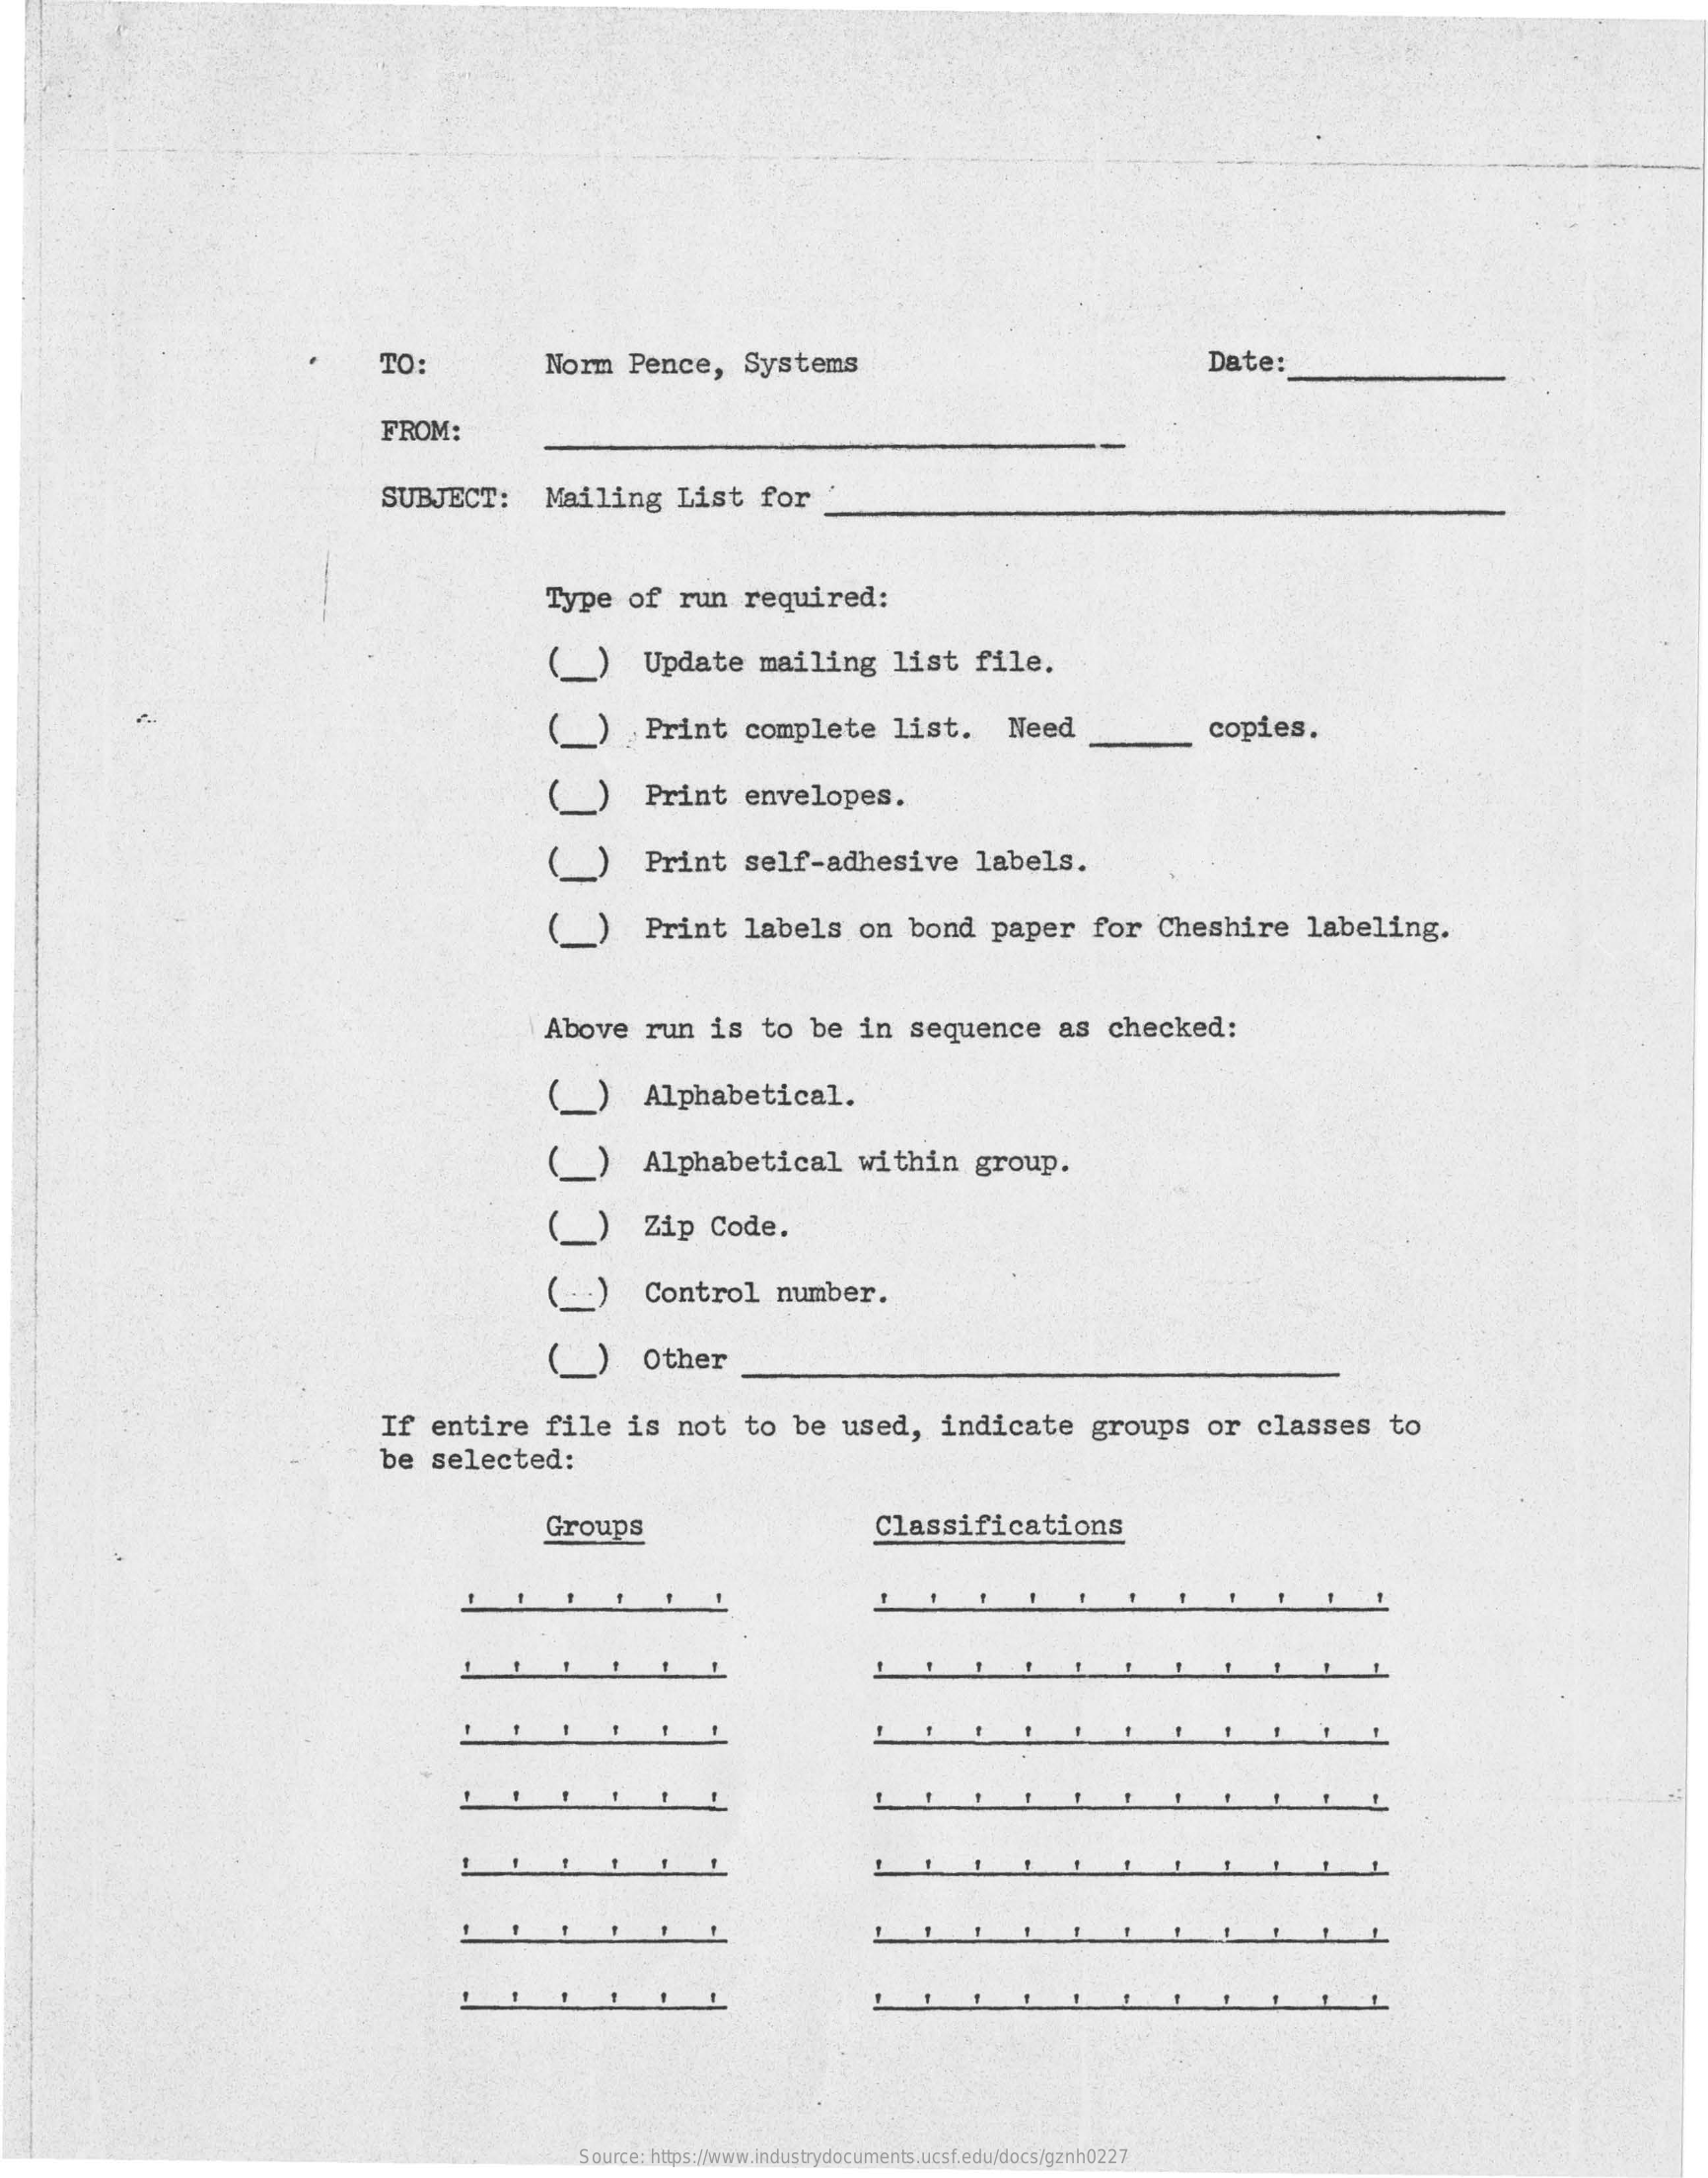
TO:    Norm    Pence,    Systems    Date:
     FROM:
     SUBJECT:    Mailing    List    for
     Type    of    run    required:
     Update    mailing    list    file.
     ()    Print    complete    list.    Need    copies.
     Print    envelopes.
     Print    self-adhesive    labels.
     Print    labels    on   bond    paper    for    Cheshire    labeling.
     CCCCC
     Above    run    is   to    be   in   sequence    as   checked:
     Alphabetical.
     _)    Alphabetical    within    group.
     Zip    Code.
     Control    number.
     Other
     CCCCCE
     If   entire    file    is   not    to   be   used,    indicate    groups    or   classes    to
     be   selected:
     Groups    Classifications
     Source: https://www.industrydocuments.ucsf.edu/docs/gznh0227